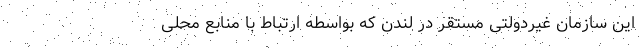
این سازمان غیردولتی مستقر در لندن که بواسطه ارتباط با منابع محلی